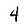
Character: 4